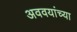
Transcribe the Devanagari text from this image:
अववयांच्या